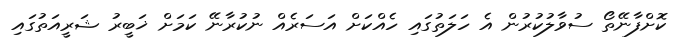
ކޮށްފާނޭތޯ ސުވާލުކުރުން އެ ހަލަތުގައި ހެއްކަށް އަސަރެއް ނުކުރާނޭ ކަމަށް ޚަބީރު ޝަރީއަތުގައި